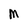
Character: M